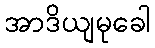
အာဒိယျမုခေါ